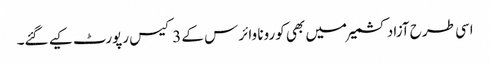
اسی طرح آزاد کشمیر میں بھی کورونا وائرس کے 3 کیس رپورٹ کیے گئے۔